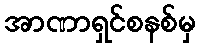
အာဏာရှင်စနစ်မှ